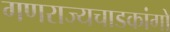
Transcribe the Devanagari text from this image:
गणराज्यचाडकांगो